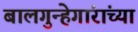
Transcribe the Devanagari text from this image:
बालगुन्हेगांरांच्या